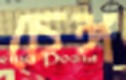
চেঙ্গ